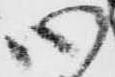
心